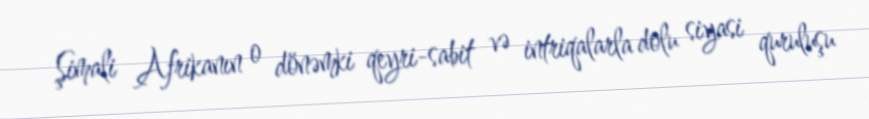
Şimali Afrikanın o dönəmki qeyri-sabit və intriqalarla dolu siyasi quruluşu